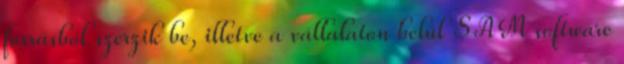
forrásból szerzik be, illetve a vállalaton belül SAM software